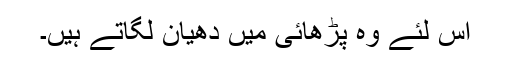
اِس لئے وہ پڑھائی میں دھیان لگاتے ہیں۔